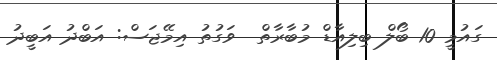
ގައުމީ 10 ބޯލް ބިލިއާޑް މުބާރާތް  ވަގުތު އިމޭޖަސް: އަބްދު އަބީދު